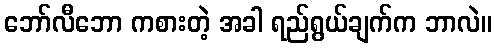
ဘော်လီဘော ကစားတဲ့ အခါ ရည်ရွယ်ချက်က ဘာလဲ။